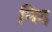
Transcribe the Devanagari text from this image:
निद